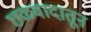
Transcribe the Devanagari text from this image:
छळवादातून